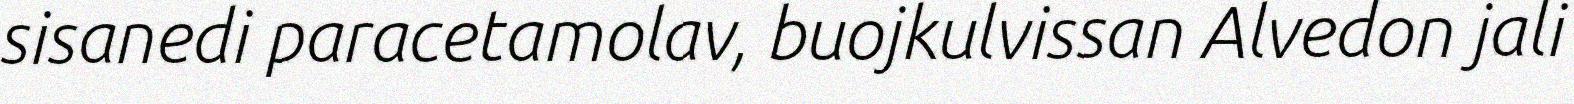
sisanedi paracetamolav, buojkulvissan Alvedon jali